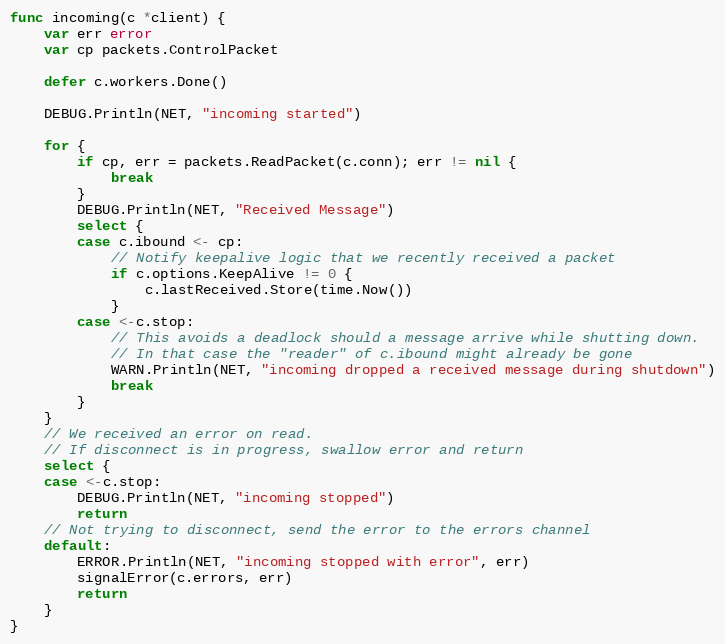
Language: Go
func incoming(c *client) {
	var err error
	var cp packets.ControlPacket

	defer c.workers.Done()

	DEBUG.Println(NET, "incoming started")

	for {
		if cp, err = packets.ReadPacket(c.conn); err != nil {
			break
		}
		DEBUG.Println(NET, "Received Message")
		select {
		case c.ibound <- cp:
			// Notify keepalive logic that we recently received a packet
			if c.options.KeepAlive != 0 {
				c.lastReceived.Store(time.Now())
			}
		case <-c.stop:
			// This avoids a deadlock should a message arrive while shutting down.
			// In that case the "reader" of c.ibound might already be gone
			WARN.Println(NET, "incoming dropped a received message during shutdown")
			break
		}
	}
	// We received an error on read.
	// If disconnect is in progress, swallow error and return
	select {
	case <-c.stop:
		DEBUG.Println(NET, "incoming stopped")
		return
	// Not trying to disconnect, send the error to the errors channel
	default:
		ERROR.Println(NET, "incoming stopped with error", err)
		signalError(c.errors, err)
		return
	}
}